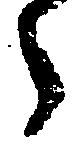
々